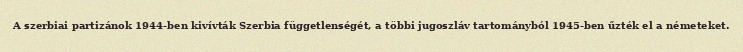
A szerbiai partizánok 1944-ben kivívták Szerbia függetlenségét, a többi jugoszláv tartományból 1945-ben űzték el a németeket.